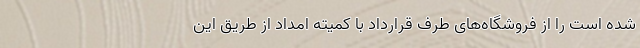
شده است را از فروشگاه‌های طرف قرارداد با کمیته امداد از طریق این